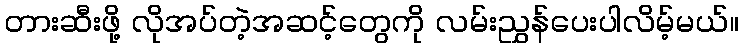
တားဆီးဖို့ လိုအပ်တဲ့အဆင့်တွေကို လမ်းညွှန်ပေးပါလိမ့်မယ်။